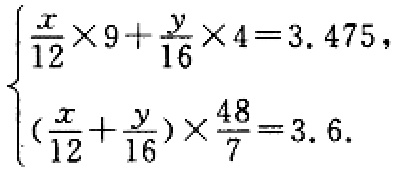
\[\begin{cases}

\frac{x}{12} \times 9+\frac{y}{16} \times 4 = 3.475,\\

(\frac{x}{12}+\frac{y}{16})\times\frac{48}{7}=3.6.

\end{cases}\]